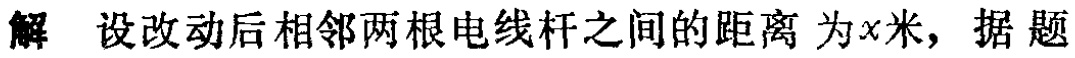
解 设改动后相邻两根电线杆之间的距离 为\(x\)米，据题